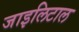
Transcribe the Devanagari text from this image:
जाइलिटाल